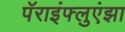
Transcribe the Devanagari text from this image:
पॅराइंफ्लुएंझा